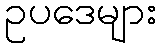
ဥပဒေများ